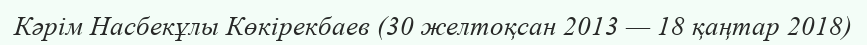
Кәрім Насбекұлы Көкірекбаев (30 желтоқсан 2013 — 18 қаңтар 2018)